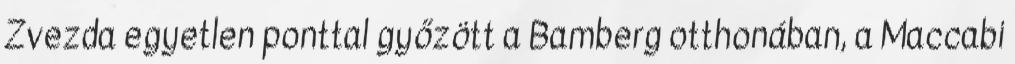
Zvezda egyetlen ponttal győzött a Bamberg otthonában, a Maccabi